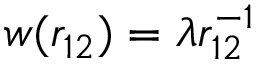
w ( r _ { 1 2 } ) = \lambda r _ { 1 2 } ^ { - 1 }